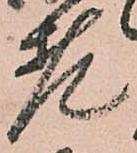
老